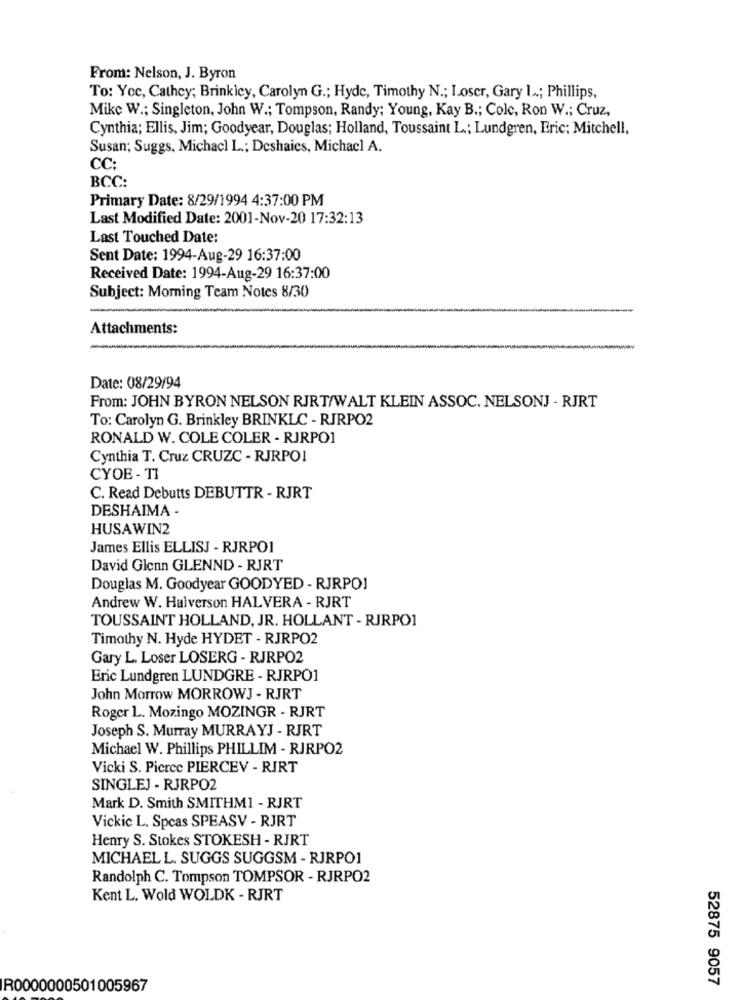
From: Nelson, J. Byron
To: Yoc, Cathey; Brinkicy, Carolyn G .; Hyde, Timothy N .; Loscr, Gary L .; Phillips,
Mike W .; Singleton, John W .; Tompson, Randy; Young, Kay B .; Cole, Ron W .; Cruz,
Cynthia; Ellis, Jim; Goodyear, Douglas; Holland, Toussaint L .; Lundgren, Eric; Mitchell,
Susan; Suggs, Michacl L .; Deshaies, Michacl A.
CC:
BCC:
Primary Date: 8/29/1994 4:37:00 PM
Last Modified Date: 2001-Nov-20 17:32:13
Last Touched Date:
Sent Date: 1994-Aug-29 16:37:00
Received Date: 1994-Aug-29 16:37:00
Subject: Morning Team Notes 8/30
Attachments:
Date: 08/29/94
From: JOHN BYRON NELSON RJRT/WALT KLEIN ASSOC. NELSONJ - RJRT
To: Carolyn G. Brinkley BRINKLC - RJRPO2
RONALD W. COLE COLER - RJRPO1
Cynthia T. Cruz CRUZC - RJRPOI
CYOE - TI
C. Read Debutts DEBUTTR - RJRT
DESHAIMA -
HUSAWIN2
James Ellis ELLISJ - RJRPO1
David Glenn GLENND - RJRT
Douglas M. Goodyear GOODYED - RJRPO1
Andrew W. Halverson HALVERA - RJRT
TOUSSAINT HOLLAND, JR. HOLLANT - RJRPO1
Timothy N. Hyde HYDET - RJRPO2
Gary L. Loser LOSERG - RJRPO2
Eric Lundgren LUNDGRE - RJRPO1
John Morrow MORROWJ - RJRT
Roger L. Mozingo MOZINGR - RJRT
Joseph S. Murray MURRAYJ - RJRT
Michael W. Phillips PHILLIM - RJRPO2
Vicki S. Pierce PIERCEV - RIRT
SINGLEJ - RJRPO2
Mark D. Smith SMITHM1 - RJRT
Vickic L. Spcas SPEASV - RJRT
Henry S. Stokes STOKESH - RJRT
MICHAEL L. SUGGS SUGGSM - RJRPO1
Randolph C. Tompson TOMPSOR - RJRPO2
Kent L. Wold WOLDK - RJRT
52875 9057
R0000000501005967